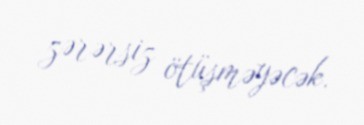
zərərsiz ötüşməyəcək.